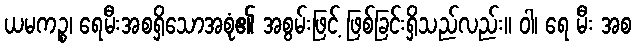
ယမကဉ္စ၊ ရေမီးအစရှိသောအစုံ၏ အစွမ်းဖြင့် ဖြစ်ခြင်းရှိသည်လည်း။ ဝါ၊ ရေ မီး အစ